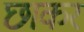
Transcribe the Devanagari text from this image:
छाकर